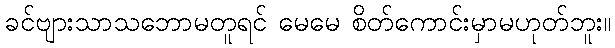
ခင်ဗျားသာသဘောမတူရင် မေမေ စိတ်ကောင်းမှာမဟုတ်ဘူး။